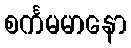
စင်္ကမမာနော